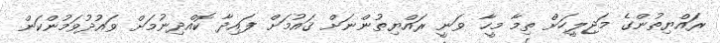
ރައްޔިތުންގެ މަޖިލީހަށް ތިމާ މީހާ ވަނީ ރައްޔިތުންނަށް ޤައުމަށް ފައިދާ ކޮއްދިނުމަށް ވައުދުވަމުންކަން